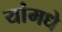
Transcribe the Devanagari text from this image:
यांमधे